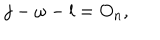
j - \omega - l = O _ { n } ,